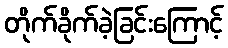
တိုက်ခိုက်ခဲ့ခြင်းကြောင့်